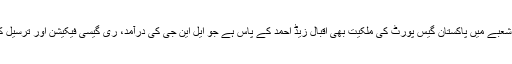
ایل این جی کے شعبے میں پاکستان گیس پورٹ کی ملکیت بھی اقبال زیڈ احمد کے پاس ہے جو ایل این جی کی درآمد، ری گیسی فیکیشن اور ترسیل کا کام کرتی ہے۔